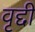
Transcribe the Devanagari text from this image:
वृद्दी